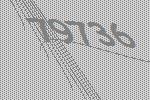
79736